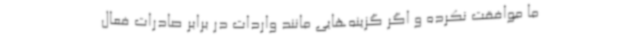
ما موافقت نکرده و اگر گزینه‌هایی مانند واردات در برابر صادرات فعال